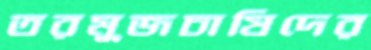
তরমুজচাষিদের